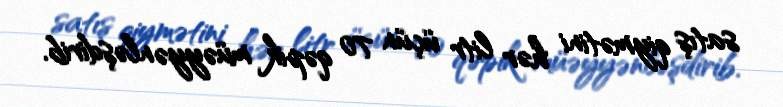
satış qiymətini hər litr üçün 70 qəpik müəyyənləşdirib.